Leningradi_Edasi_toimetus, lk 7
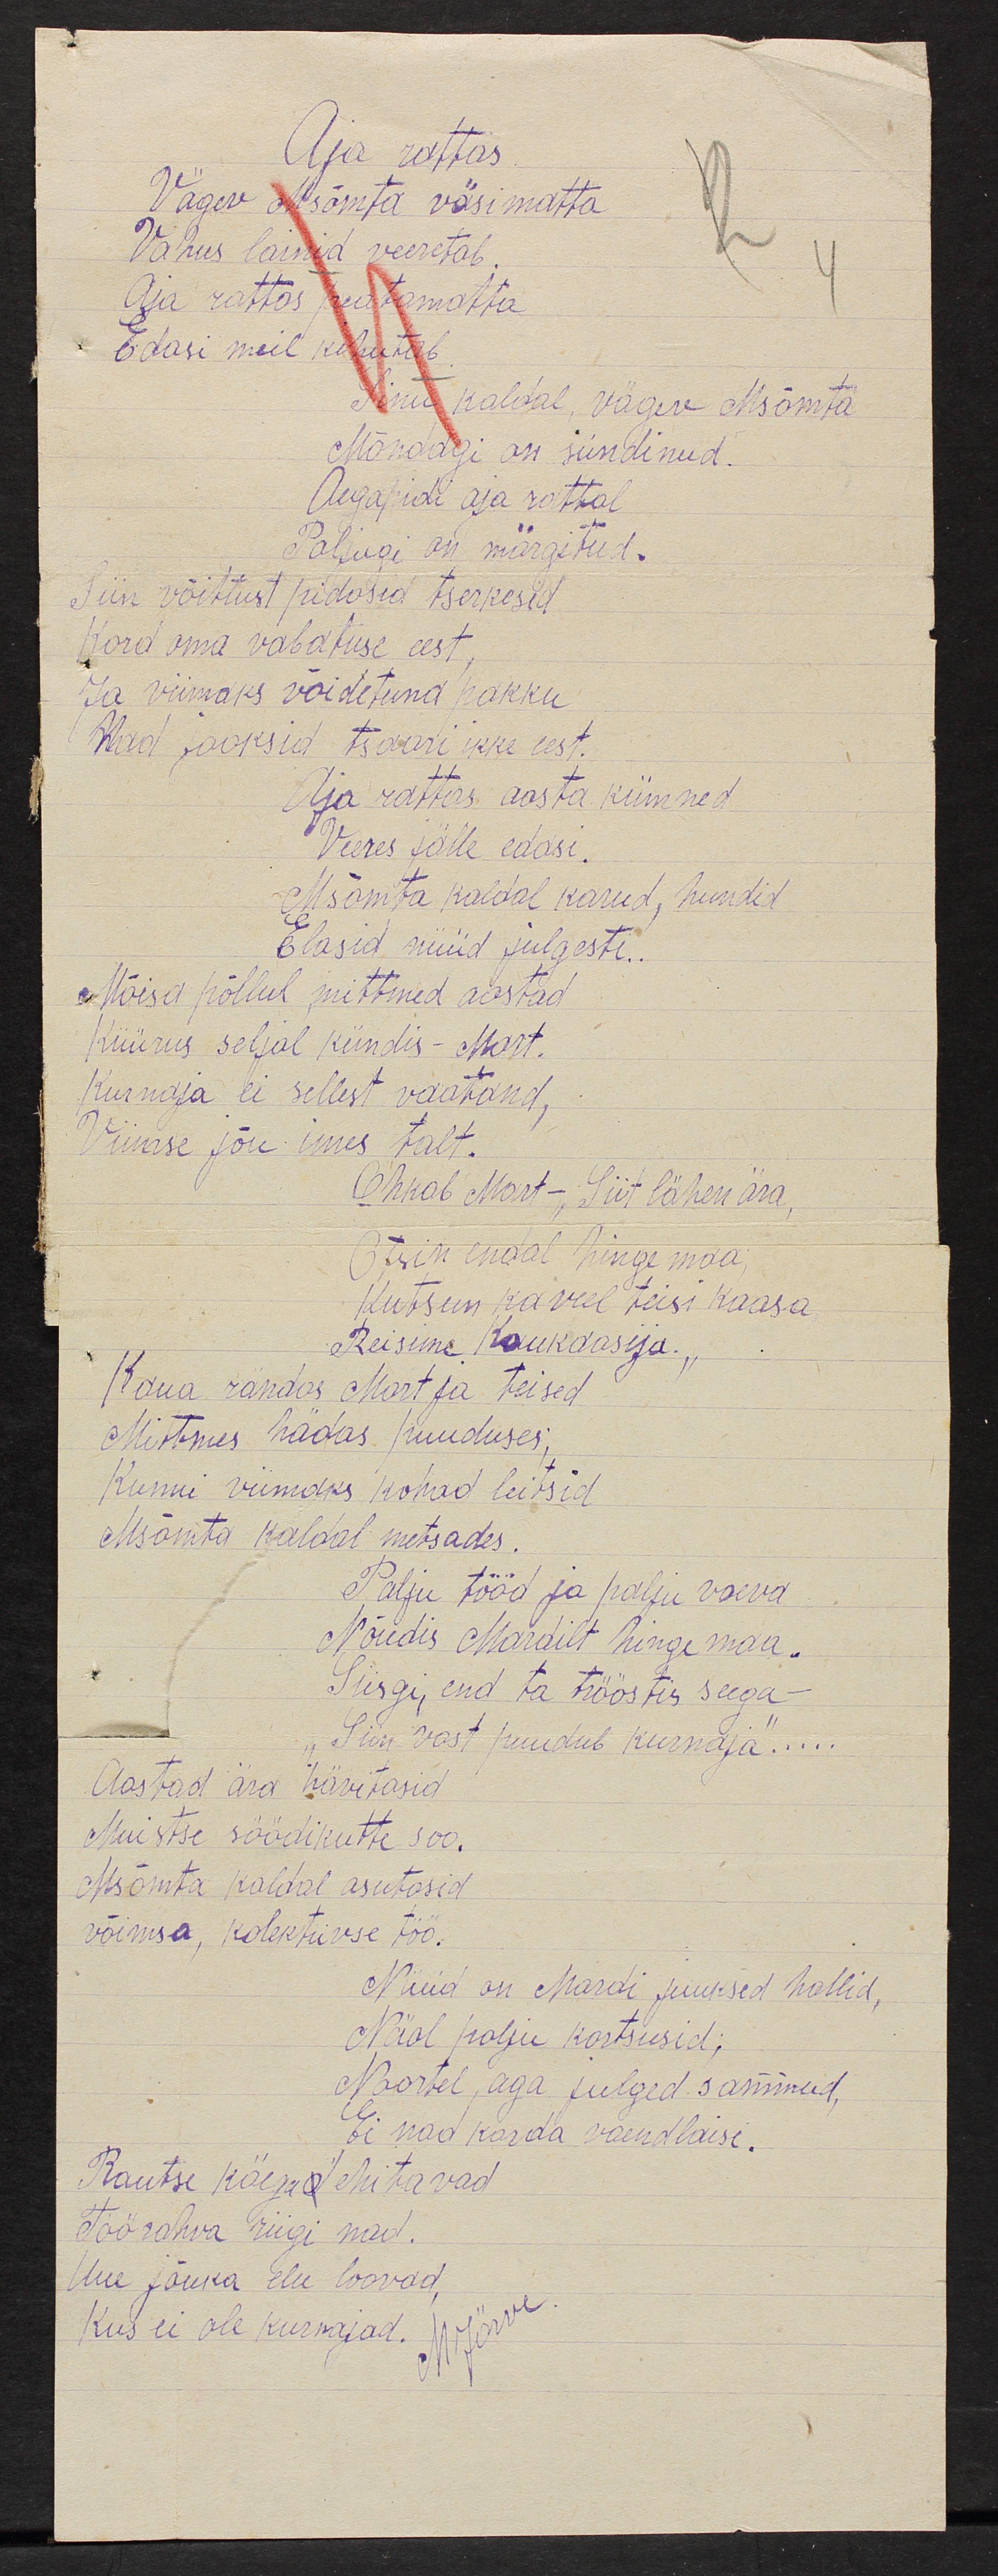
Aja rattas
Vägev Msõmta väsimatta
Vahus lainid veeretab.
Aja rattas peatamatta
Edasi meil kihutab.
Sinu kaldal vägev Msõmta
Mõndagi on sündinud.
Aegapidi aja rattal
Paljugi on märgatud.
Siin võitlust pidasid tserkesid
Kord oma vabaduse eest,
Ja viimaks võidetuna pakku
nad jooksid tsaari ikke eest.
Aja rattas aasta kümned
Veeres jälle edasi.
Msõmta kaldal karud, hundid
Elasid nüüd julgesti..
Mõisa põllul, mittmed aastad
Küürus seljal kündis - Mart.
Kurnaja ei sellest vaatand.
Viimse jõu imes talt.
Ohkab Mart - Siit lähen ära,
Otsin endal hinge maa,
Kutsus ka veel teisi kaasa
Reisime Kaukaasija.
Kaua rändas Mart ja teised
Mitmes hädas puuduses,
Kunni viimaks kohad leitsid
Msõmta kaldal metsades.
Palju tööd ja palju vaeva
Nõudis Mardilt hingemaa.
Siisgi, end ta trööstis seega
"Siin vast puudub kurnaja".....
Aastad ära hävitasid
Muistse söödikutte soo.
Msõmta kaldal asutasid
võimsa, kolektiivse töö.
Nüüd on mardi juuksed hallid,
Näol palju kortsusid;
Noortel aga julged sammud,
Ei nad karda vaendlaisi.
Rautse käega ehitavad
Töörahva riigi nad.
Uue jõuka elu loovad,
Kus ei ole kurnajad.
M Järve